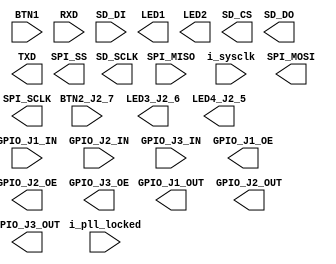

// Efinity Top-level template
// Version: 2020.1.140

// Copyright (C) 2017 - 2020 Efinix Inc. All rights reserved.

// This file may be used as a starting point for Efinity synthesis top-level target.
// The port list here matches what is expected by Efinity constraint files generated
// by the Efinity Interface Designer.

// To use this:
//     #1)  Save this file with a different name to a different directory, where source files are kept.
//              Example: you may wish to save as /home/alfredw_local/github/xyloni/design/helloworld/efinity/xyloni.v
//     #2)  Add the newly saved file into Efinity project as design file
//     #3)  Edit the top level entity in Efinity project to:  xyloni
//     #4)  Insert design content.


module xyloni
(
  input BTN1,
  input BTN2_J2_7,
  input [14:0] GPIO_J1_IN,
  input [13:0] GPIO_J2_IN,
  input [8:0] GPIO_J3_IN,
  input RXD,
  input SD_DI,
  input SPI_MISO,
  input i_sysclk,
  input i_pll_locked,
  output [14:0] GPIO_J1_OUT,
  output [14:0] GPIO_J1_OE,
  output [13:0] GPIO_J2_OUT,
  output [13:0] GPIO_J2_OE,
  output [8:0] GPIO_J3_OUT,
  output [8:0] GPIO_J3_OE,
  output LED1,
  output LED2,
  output LED3_J2_6,
  output LED4_J2_5,
  output SD_CS,
  output SD_DO,
  output SD_SCLK,
  output SPI_MOSI,
  output SPI_SCLK,
  output SPI_SS,
  output TXD
);


endmodule